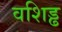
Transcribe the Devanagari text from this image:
वशिड्ढ